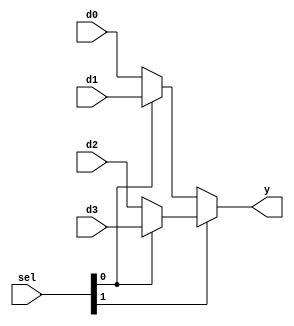

// mux4.v - logic for 4-to-1 multiplexer

module mux4 #(parameter WIDTH = 8) (
    input       [WIDTH-1:0] d0, d1, d2, d3,
    input       [1:0] sel,
    output      [WIDTH-1:0] y
);

assign y = sel[1] ? (sel[0] ? d3 : d2) : (sel[0] ? d1 : d0);

endmodule